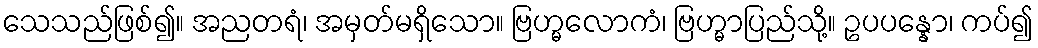
သေသည်ဖြစ်၍။ အညတရံ၊ အမှတ်မရှိသော။ ဗြဟ္မလောကံ၊ ဗြဟ္မာပြည်သို့။ ဥပပန္နော၊ ကပ်၍